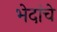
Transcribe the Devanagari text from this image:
भेदांचे